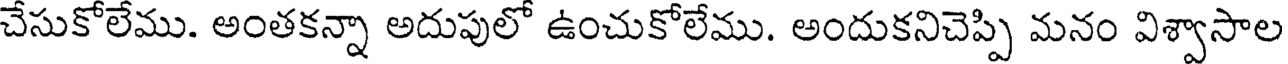
చేసుకోలేము. అంతకన్నా అదుపులో ఉంచుకోలేము. అందుకనిచెప్పి మనం విశ్వాసాల